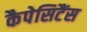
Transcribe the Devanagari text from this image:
कैपेसिटैंस